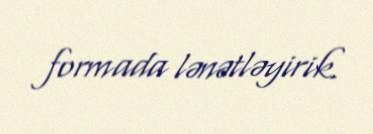
formada lənətləyirik.